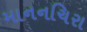
માનનચિરા